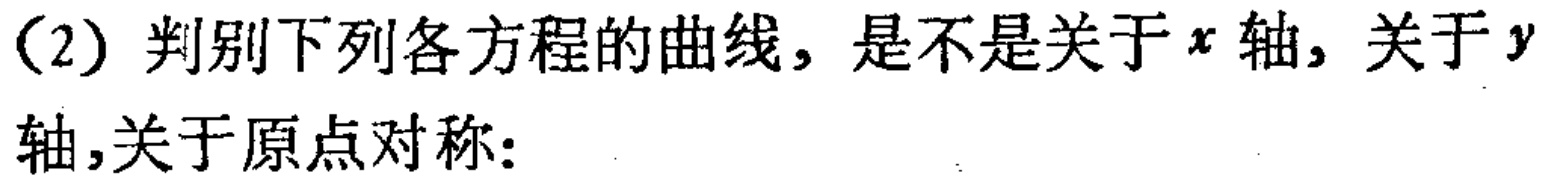
(2) 判别下列各方程的曲线，是不是关于\(x\)轴，关于\(y\)轴,关于原点对称：